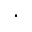
.